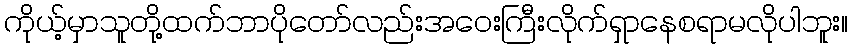
ကိုယ့်မှာသူတို့ထက်ဘာပိုတော်လည်းအဝေးကြီးလိုက်ရှာနေစရာမလိုပါဘူး။